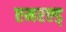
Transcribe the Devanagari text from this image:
एमरल्ड्